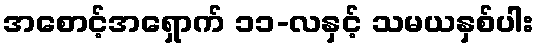
အစောင့်အရှောက် ၁၁-လနှင့် သမယနှစ်ပါး